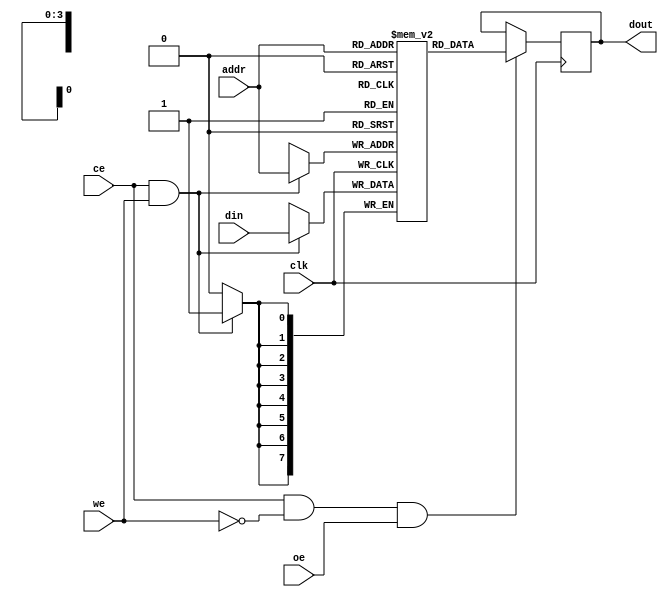
module SRAM #(parameter ADDR_WIDTH = 4, DATA_WIDTH = 8) (
    input wire clk,
    input wire ce, // Chip Enable
    input wire we, // Write Enable
    input wire oe, // Output Enable
    input wire [ADDR_WIDTH-1:0] addr, // Address input
    input wire [DATA_WIDTH-1:0] din, // Data input
    output reg [DATA_WIDTH-1:0] dout // Data output
);
    // Memory array declaration
    reg [DATA_WIDTH-1:0] memory [0:2**ADDR_WIDTH-1]; // 2^ADDR_WIDTH x DATA_WIDTH memory

    // Read operation
    always @(posedge clk) begin
        if (ce && !we && oe) begin
            dout <= memory[addr]; // Read data from memory
        end
    end

    // Write operation
    always @(posedge clk) begin
        if (ce && we) begin
            memory[addr] <= din; // Write data to memory
        end
    end

endmodule